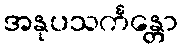
အနုပသင်္ကန္တော